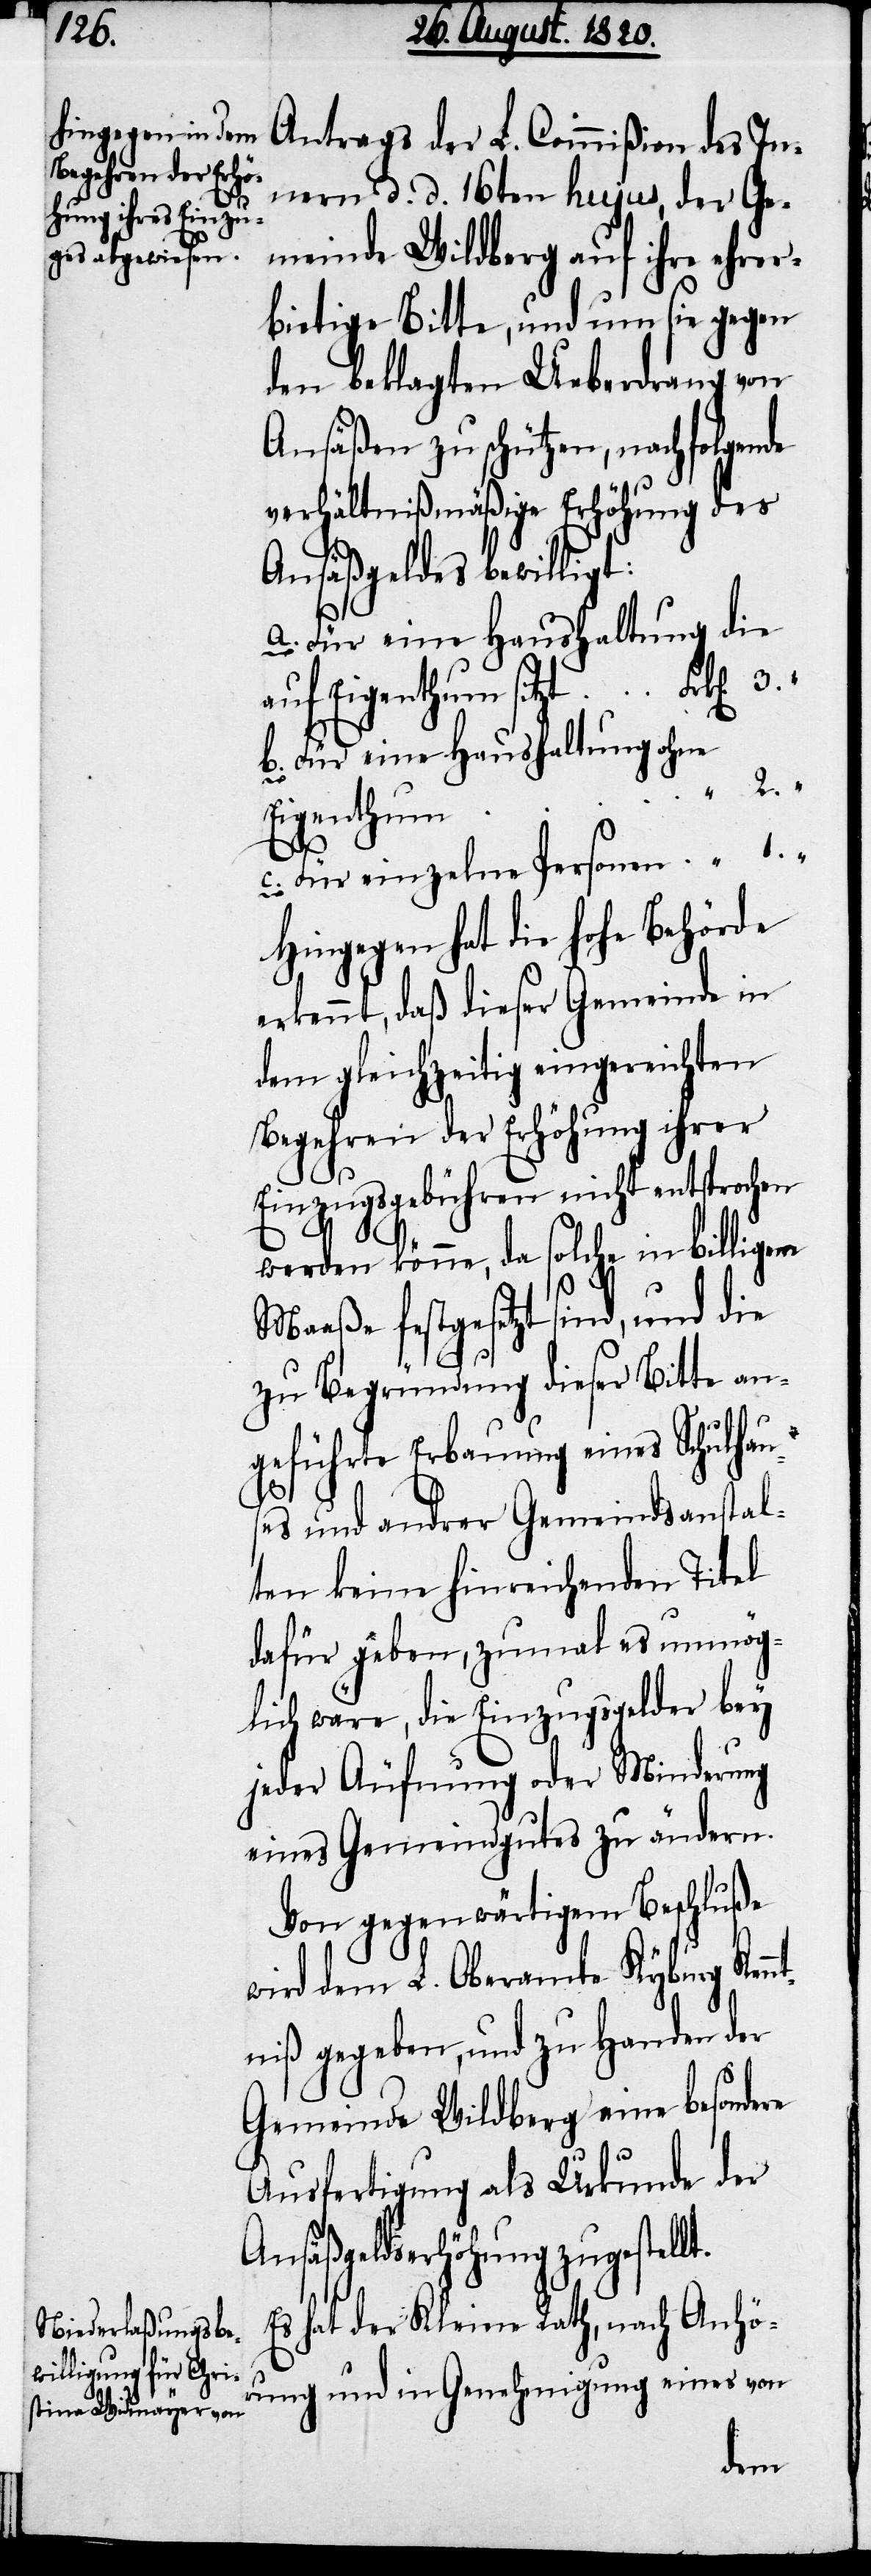
Antrags der L. Commißion des In¬
nern d. d. 16ten hujus, der Ge¬
meinde Wildberg auf ihre ehrer¬
bietige Bitte, und um sie gegen
den beklagten Ueberdrang von
Ansäßen zu schützen, nachfolgende
verhältnißmäßige Erhöhung des
Ansäßengeldes bewilligt:
nt¬
a. Für eine Haushaltung die
b. Für eine Haushaltung ohne
Eigenthum
3.
Hingegen hat die hohe Behörde
erkennt, daß dieser Gemeinde in
dem gleichzeitig eingereichten
Begehren der Erhöhung ihrer
Einzugsgebühren nicht entsprochen
werden könne, da solche in billigem
Maaße festgesetzt sind, und die
zu Begründung dieser Bitte an¬
geführte Erbauung eines Schulhau¬
c.
ses und andrer Gemeindsanstal¬
ten keine hinreichenden Titel
dafür geben, zumal es unmög¬
lich wäre, die Einzugsgelder bey
jeder Äufnung oder Minderung
eines Gemeindgutes zu ändern.
Von gegenwärtigem Beschluße
wird dem L. Oberamte Kyburg Ken¬
niß gegeben, und zu Handen der
Gemeinde Wildberg eine besondere
Ausfertigung als Urkunde der
Ansäßgelderhöhung zugestellt.
Es hat der Kleine Rath, nach Anhö¬
rung und in Genehmigung eines von